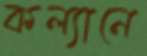
কল্যানে